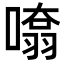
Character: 𭊨